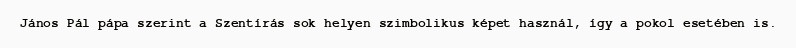
János Pál pápa szerint a Szentírás sok helyen szimbolikus képet használ, így a pokol esetében is.